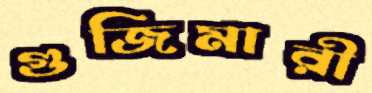
গুজিমারী